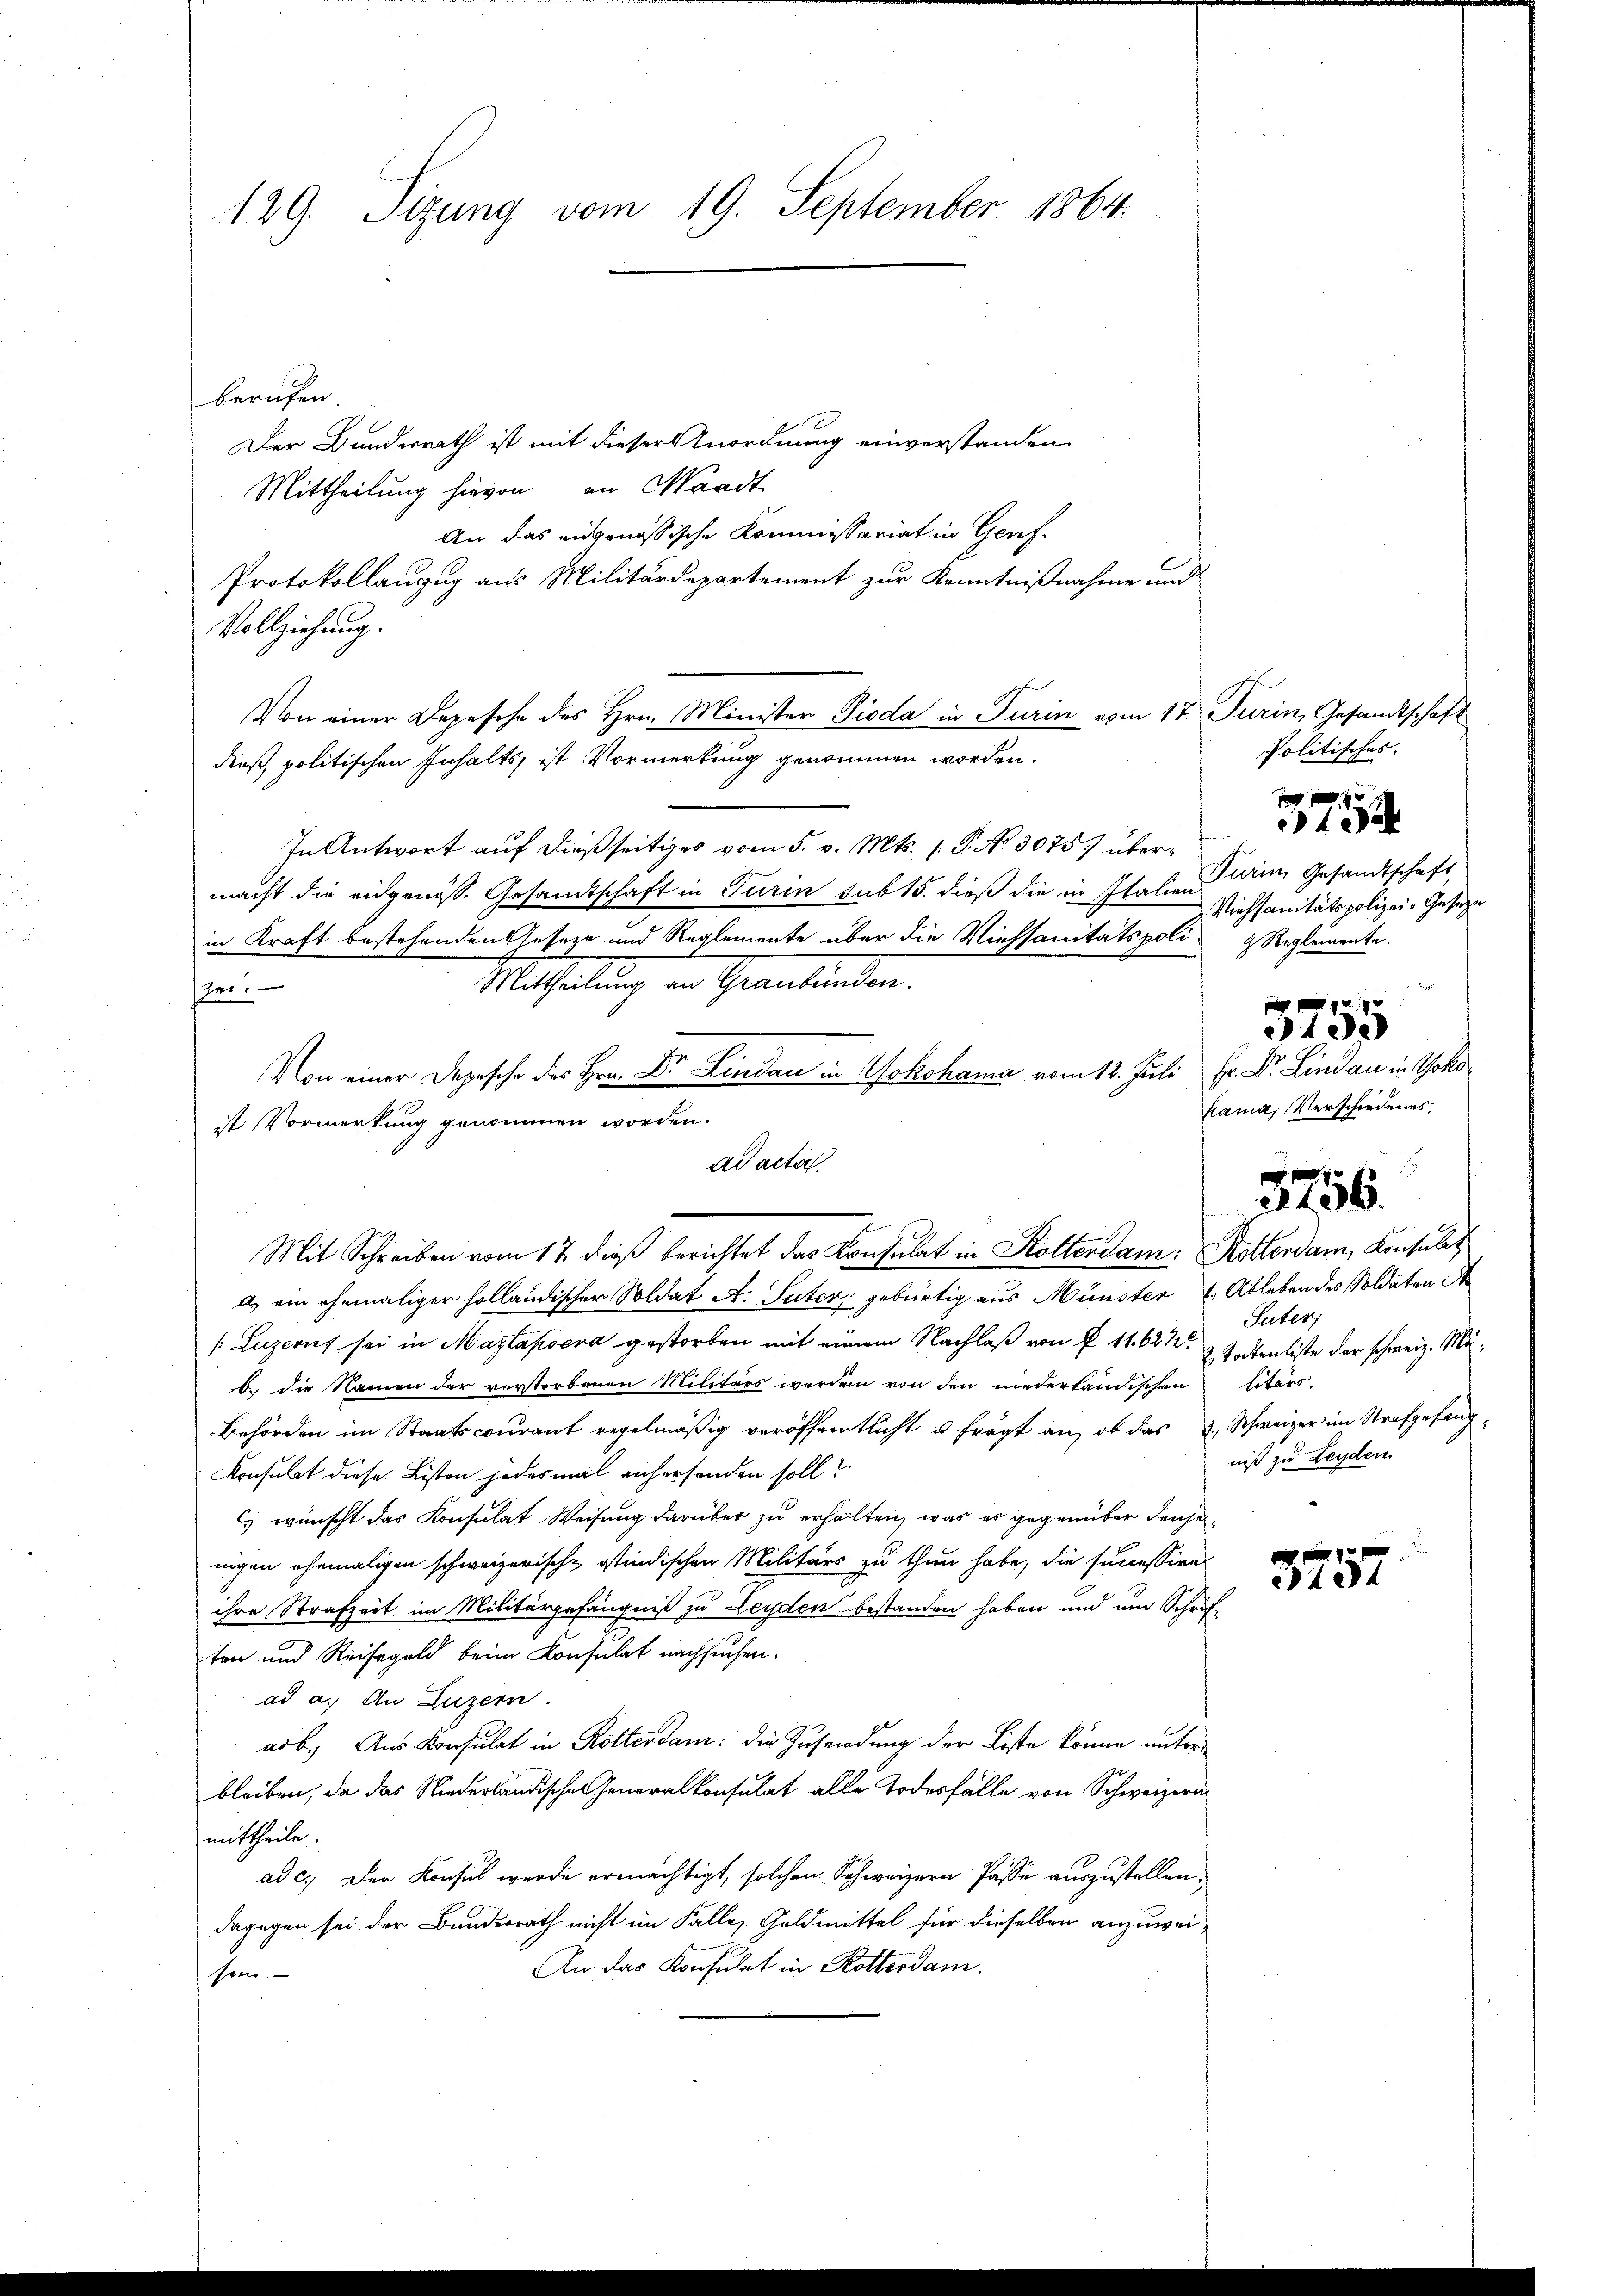
129. Sizung vom 19. September 1864.

berufen.
Der Bundesrath ist mit dieser Anordnung einverstanden
Mittheilung hievon in Waadt
An das eidgenössische Kommissariat in Genf
Protokollauzug aus Militärdepartement zur Kenntnißnahme und
Vollziehung.
Von einer Depesche des Hrn. Minister Pioda in Turin vom 17.
dieß, politischen Inhalts ist Vormerkung genommen worden.
In Antwort auf dießseitiges vom 5. v. Mts. 1. P. N. 3075) übermacht die eidgenöss. Gesandtschaft in Turin sub 15. dieß die in Italien
in Kraft bestehenden Geseze und Reglemente über die Viehsanitätspoli¬
Mittheilung an Graubünden.
e?
Von einer Depesche des Hrn. Dr. Lindau in Yokohama vom 12. Juli
ist Vormerkung genommen worden.
a) ein ehemaliger holländischer Soldat A. Suter, gebürtig aus Münster u. Ableben des Soldaten A
(Luzern sei in Mazlapoera gestorben mit einem Nachlaß von § 11. 622
b. die Namen der verstorbenen Militärs werden von den niederländischen
Behörden im Staatscourant regelmäßig veröffentlicht u. frägt an, ob das u. Schweizer im Strafgefang¬
Konsulat diese Listen jedesmal anhersenden soll?
Es wünscht das Konsulat Weisung darüber zu erhalten, was es gegenüber densenigen ehemaligen schweizerische istindischen Militärs zu thun habe, die successien
ihre Strafzeit im Militärgefängniß zu Leyden bestanden haben und um Schröf-
ten und Reisegeld beim Konsulat nachsuchen.
ad a. An Luzern.
arb. Aus Konsulat in Rotterdam: die Zusendung der Liste könne unterbleiben, da das Niederländischen Generalkonsulat alle Todesfälle von Schweizern
mittheile.
ad c. Der Konsul werde ermächtigt, solchen Schweizern Pässe auszustellen.
dagegen sei der Bundesrath nicht im Falle, Goldmittel für dieselben anzuwei¬
An das Konsulat in Rotterdam.
sein

s
ad acta
Mit Schreiben vom 17. dieß berichtet das Konsulat in Kotterdam Rotterdam, Konsulat

Turin, Gesandtschaft
Politisches.
Nurin Gesandtschaft,
Viehsanitätspolizei-Gesetze
& Reglemente.

3405
Hr. Dr. Lindau in Yoko
ama, Verschiedenes,

4
4 Sek

3756.

404

Suter,
 Tortenliste der schweiz. Malitärs.
niß zu Leyden